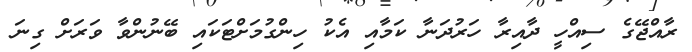
ރާއްޖޭގެ ސިއްހީ ދާއިރާ ހަރުދަނާ ކަމާއި އެކު ހިންގުމަށްޓަކައި ބޭނުންވާ ވަރަށް ގިނަ